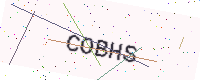
Text: COBHS